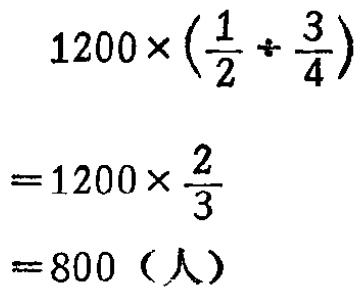
\[

\begin{align*}

&1200\times(\frac{1}{2} \div\frac{3}{4})\\

=&1200\times\frac{2}{3}\\

=&800（人）

\end{align*}

\]